Lunatic asylums in Bengal annual reports 1899-1911 - 1899-1911
Year: 1899
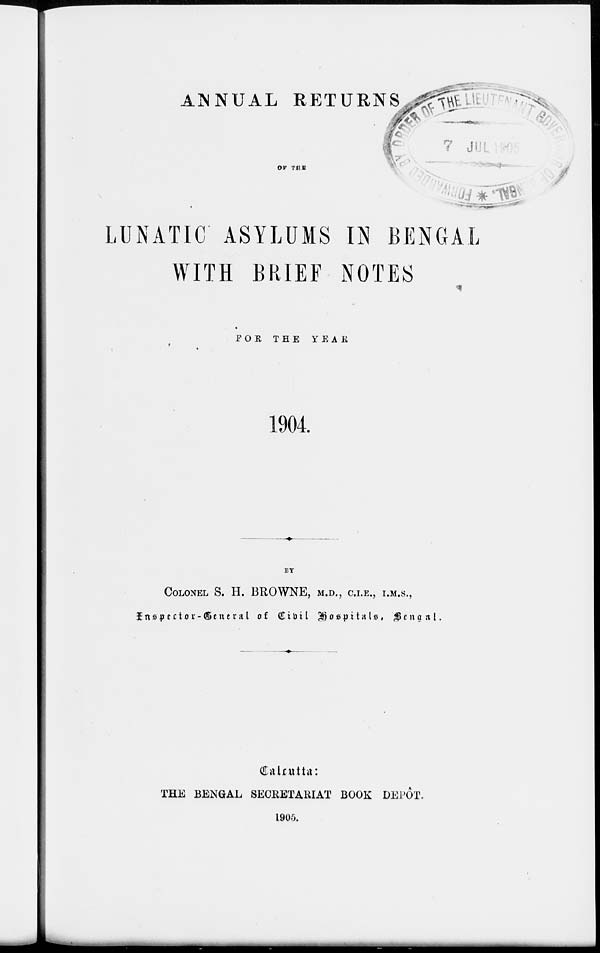
ANNUAL RETURNS
OF THE
LUNATIC ASYLUMS IN BENGAL
WITH BRIEF NOTES
FOR
THE
YEAR
1904.
BY
COLONEL S. H. BROWNE, M.D., C.I.E., I.M.S.,
Inspector-General of Civil Hospitals, Bengal.
Calcutta:
THE BENGAL SECRETARIAT BOOK DEPÔT.
1905.